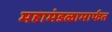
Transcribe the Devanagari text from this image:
महामंडळामार्फत